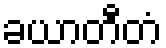
ခယာတီတံ